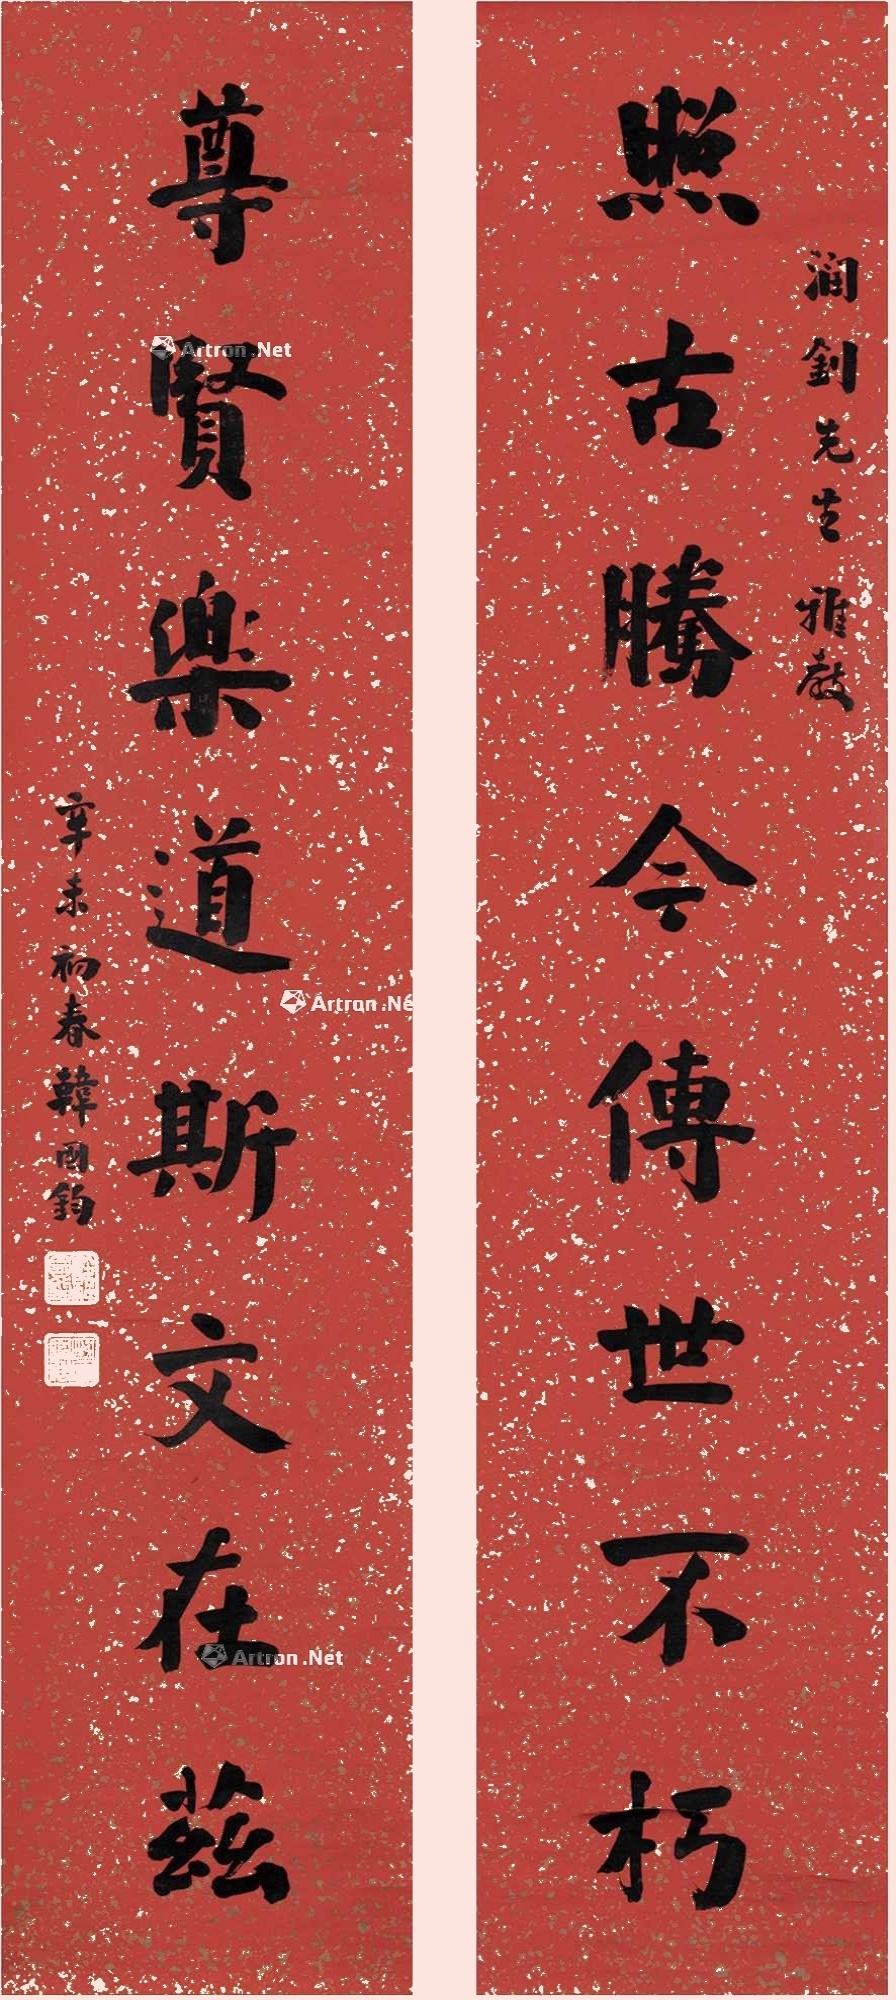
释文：照古腾今传世不朽，尊贤乐道斯文在兹。润钊先生雅教，辛未初春，韩国钧。